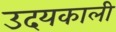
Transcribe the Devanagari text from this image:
उदयकाली